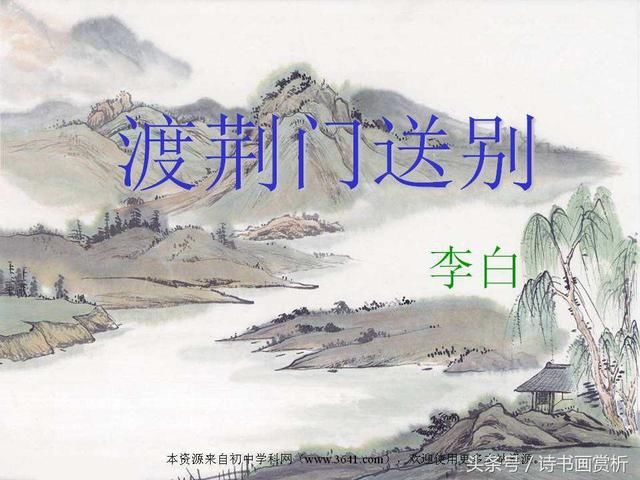
此地一为别，孤蓬万里征。